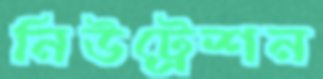
নিউট্রেশন